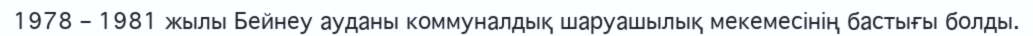
1978 – 1981 жылы Бейнеу ауданы коммуналдық шаруашылық мекемесінің бастығы болды.